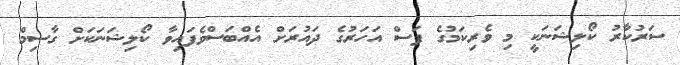
ސަރުކާރު ކޯލިޝަނަކީ މި ވެރިކަމުގެ ފަސް އަހަރުގެ ދައުރަށް އެއްބަސްވެފައިވާ ކޯލިޝަނަކަށް ގާސިމް